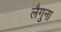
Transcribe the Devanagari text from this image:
लैगुना